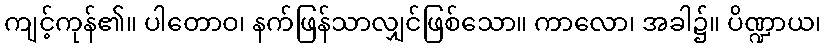
ကျင့်ကုန်၏။ ပါတောဝ၊ နက်ဖြန်သာလျှင်ဖြစ်သော။ ကာလော၊ အခါ၌။ ပိဏ္ဍာယ၊